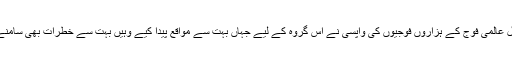
اس سال عالمی فوج کے ہزاروں فوجیوں کی واپسی نے اس گروہ کے لیے جہاں بہت سے مواقع پیدا کیے وہیں بہت سے خطرات بھی سامنے آئے۔